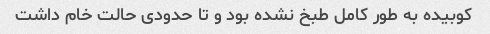
کوبیده به طور کامل طبخ نشده بود و تا حدودی حالت خام داشت